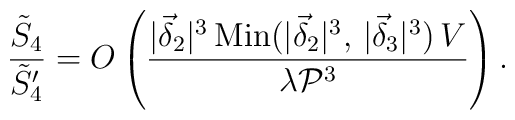
\frac{\tilde{S}_4}{\tilde{S}_4'} = O \left( \frac{|\vec{\delta}_2|^3 \, \mbox{Min} (|\vec{\delta}_2|^3, \, |\vec{\delta}_3|^3) \, V}{\lambda {\cal P}^3}\right) .